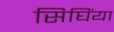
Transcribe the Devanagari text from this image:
सिघिंया